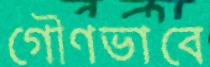
গৌণভাবে